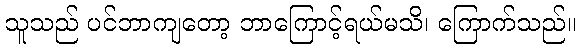
သူသည် ပင်ဘာကျတော့ ဘာကြောင့်ရယ်မသိ၊ ကြောက်သည်။